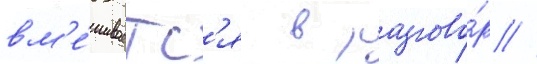
вм'е́шиваетс'я в разгово́р //